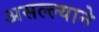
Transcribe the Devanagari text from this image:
असल्ल्याने